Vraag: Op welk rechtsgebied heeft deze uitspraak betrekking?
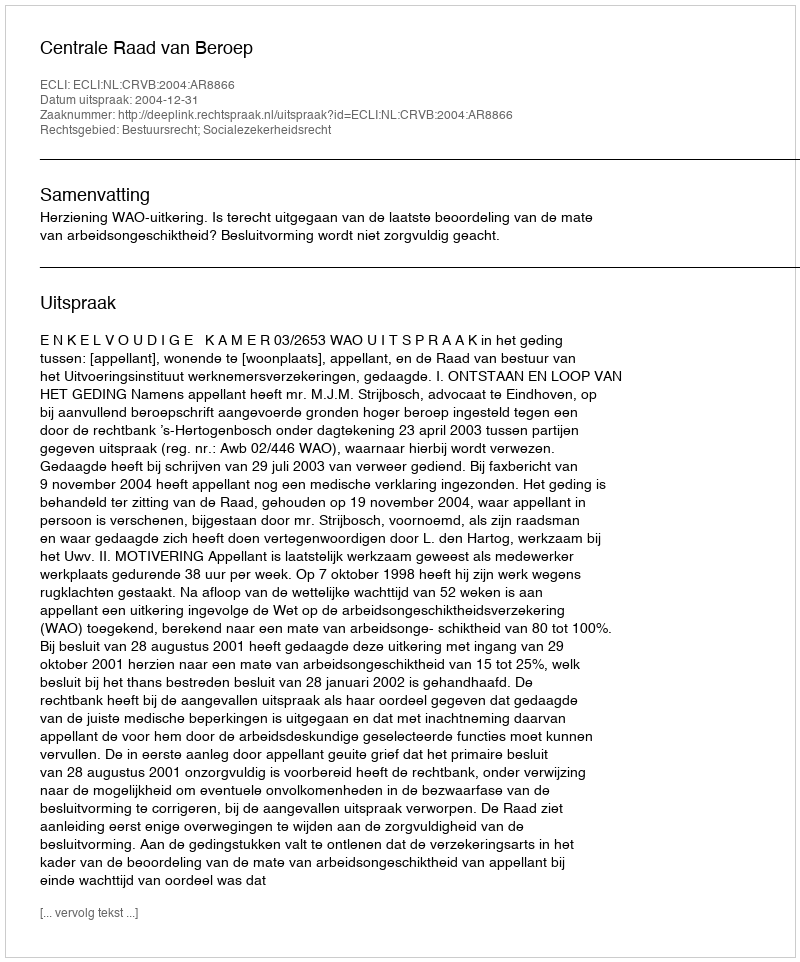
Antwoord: Bestuursrecht; Socialezekerheidsrecht